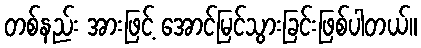
တစ်နည်း အားဖြင့် အောင်မြင်သွားခြင်းဖြစ်ပါတယ်။